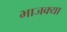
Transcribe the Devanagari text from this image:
भाजक्या